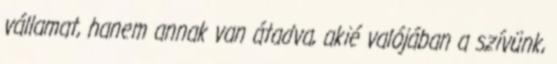
vállamat, hanem annak van átadva, akié valójában a szívünk,